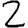
Digit: 2